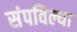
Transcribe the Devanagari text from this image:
संपविल्या